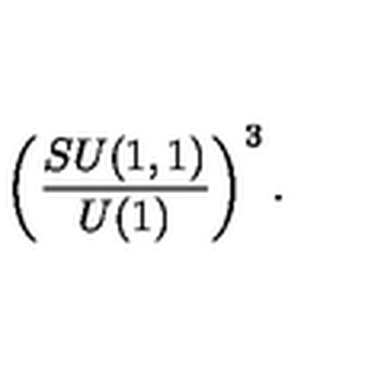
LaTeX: \left( \frac { S U ( 1 , 1 ) } { U ( 1 ) } \right) ^ { 3 } .